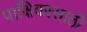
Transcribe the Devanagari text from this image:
पाक्षिकासाठी